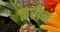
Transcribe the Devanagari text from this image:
क़रीन